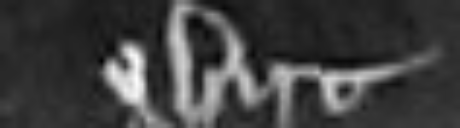
obiit